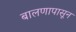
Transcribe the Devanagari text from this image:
बालणापासून